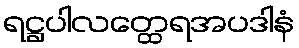
ရဋ္ဌပါလတ္ထေရအပဒါနံ